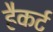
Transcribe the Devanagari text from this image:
हैकर्ट